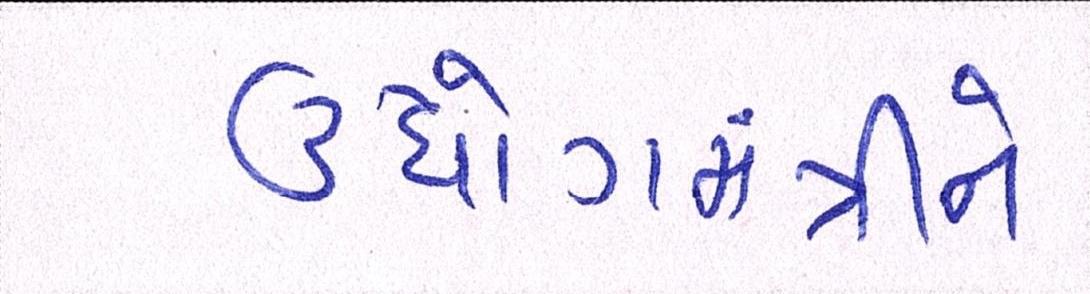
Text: ઉધોગમંત્રીને